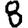
Digit: 8